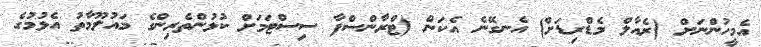
އެމީހުންނަށް (ރެއާލް މެޑްރިޑަށް) އެނގޭނެ އެކަން (ޓްރާންސްފާ ސިސްޓަމަށް ކުޅުންތެރިންގެ މައުލޫމާތު އެޅުމުގެ